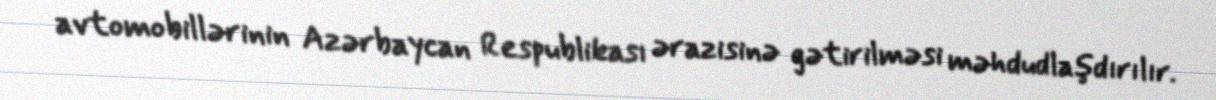
avtomobillərinin Azərbaycan Respublikası ərazisinə gətirilməsi məhdudlaşdırılır.